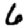
Digit: 6